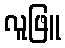
လူဖြူ